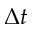
\Delta t